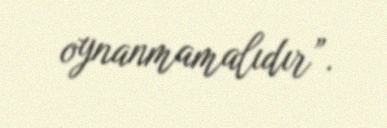
oynanmamalıdır”.